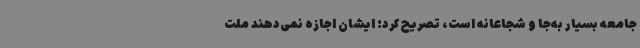
جامعه بسیار به‌جا و شجاعانه است، تصریح کرد: ایشان اجازه نمی‌دهند ملت